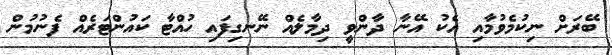
ބޭރަށް ނިކުމެވުމާއި އެކު އޭނާ ދާންވީ ދިމާލެއް ނޭނގިފައި ހުއްޓާ ކައުންޓަރެއް ފެނުމުން